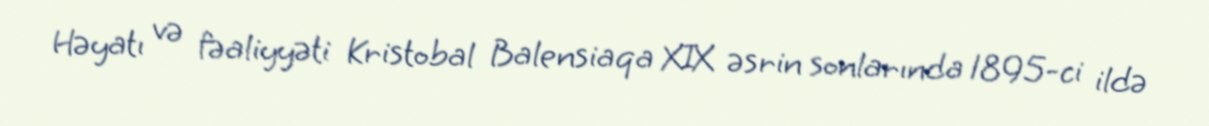
Həyatı və fəaliyyəti Kristobal Balensiaqa XIX əsrin sonlarında 1895-ci ildə